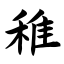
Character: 稚